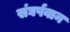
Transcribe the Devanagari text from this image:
संघर्षवान